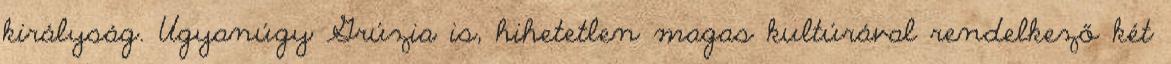
királyság. Ugyanúgy Grúzia is, hihetetlen magas kultúrával rendelkező két